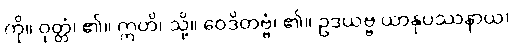
ကို။ ဝုတ္တံ၊ ၏။ ဣတိ၊ သို့။ ဝေဒိတဗ္ဗံ၊ ၏။ ဥဒယဗ္ဗ ယာနုပဿနာယ၊